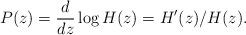
LaTeX: \begin{align*} P(z) = \frac{d}{dz} \log H(z) = H'(z)/H(z).\end{align*}